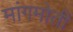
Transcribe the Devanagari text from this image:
मांगमोती